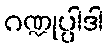
ဂဏ္ဍုပ္ပါဒါ